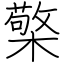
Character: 檠